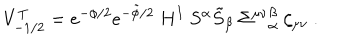
V _ { - 1 / 2 } ^ { T } = e ^ { - \phi / 2 } e ^ { - \tilde { \phi } / 2 } ~ H ^ { I } ~ S ^ { \alpha } \tilde { S } _ { \beta } ~ { \Sigma ^ { \mu \nu } } _ { \alpha } ^ { \beta } ~ \zeta _ { \mu \nu } \ .